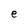
Character: e